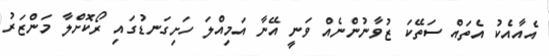
އެއާއެކު އެތައް ސަތޭކަ ޒުވާނުންނެއް ވަނީ އޭނާ އަމިއްލަ ހަށިގަނޑުގައި ރޯކޮށްލާ މަންޒަރު